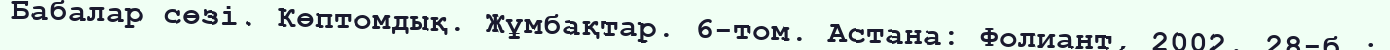
Бабалар сөзі. Көптомдық. Жұмбақтар. 6-том. Астана: Фолиант, 2002. 28-б.;